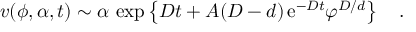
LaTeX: v ( \phi , \alpha , t ) \sim \alpha \, \exp \left\{ D t + A ( D - d ) \, \mathrm { e } ^ { - D t } \varphi ^ { D / d } \right\} \quad .